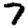
Digit: 7